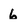
Character: 6